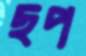
ছপ